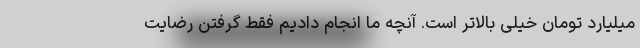
میلیارد تومان خیلی بالاتر است. آنچه ما انجام دادیم فقط گرفتن رضایت